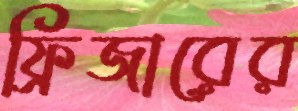
ফ্রিজারের